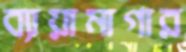
ব্যায়ামাগার